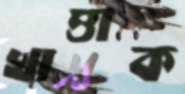
খাত্তাক